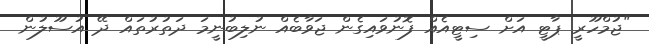
"ޖުމްހޫރީ ޕާޓީ އަށް ސިޓީއެއް ފޮނުވައިގެން ޖަވާބެއް ނުލިބުނީމަ ދަތުރުތައް ދޭ އުސޫލުން